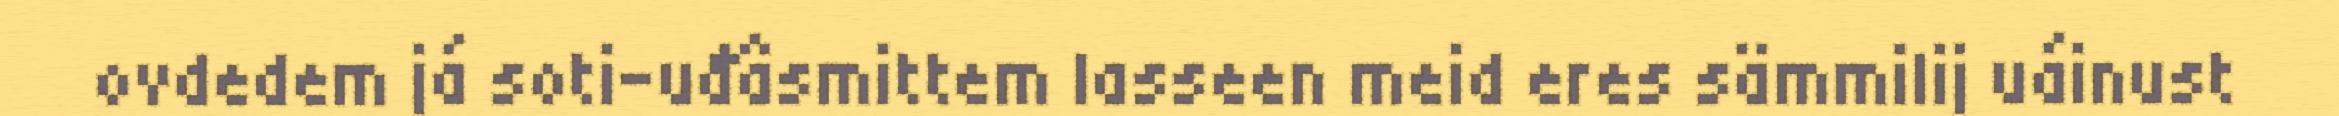
ovdedem já soti-uđâsmittem lasseen meid eres sämmilij uáinust